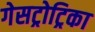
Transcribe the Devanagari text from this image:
गेसट्रोट्रिका